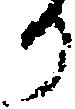
か